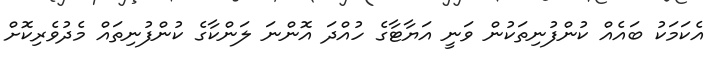
އެކަމަކު ބައެެއް ކުންފުނިތަކުން ވަނީ އަޔާޓާގެ ހުއްދަ އޮންނަ ލަންކާގެ ކުންފުނިތައް މެދުވެރިކޮށް